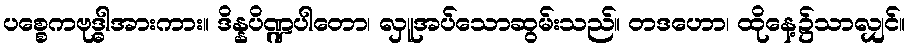
ပစ္စေကဗုဒ္ဓါအားကား။ ဒိန္နပိဏ္ဍပါတော၊ လှူအပ်သောဆွမ်းသည်။ တဒဟော၊ ထိုနေ့၌သာလျှင်။